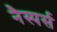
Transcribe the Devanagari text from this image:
नैस्पर्स